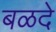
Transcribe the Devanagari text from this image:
बळदे